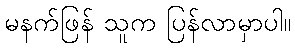
မနက်ဖြန် သူက ပြန်လာမှာပါ။